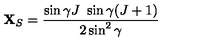
{ \bf X } _ { S } = \frac { \sin \gamma J \ \sin \gamma ( J + 1 ) } { 2 \sin ^ { 2 } \gamma } \,